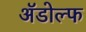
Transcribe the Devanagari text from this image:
ॲडोल्फ